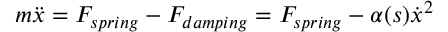
m \ddot { x } = F _ { s p r i n g } - F _ { d a m p i n g } = F _ { s p r i n g } - \alpha ( s ) \dot { x } ^ { 2 }